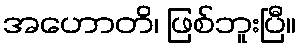
အဟောတိ၊ ဖြစ်ဘူးပြီ။